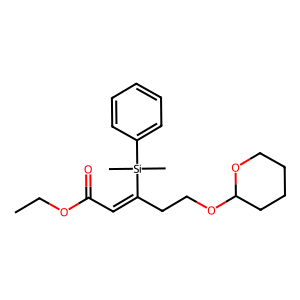
SMILES: CCOC(=O)C=C(CCOC1CCCCO1)[Si](C)(C)c1ccccc1
Inhibits HIV replication: No